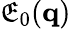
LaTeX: \mathfrak{E}_{0}(\mathbf{{q}})